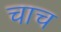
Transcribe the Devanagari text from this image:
चाच